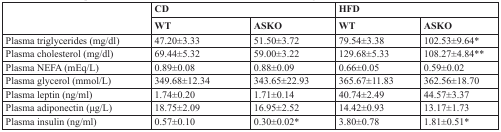
<table><thead><tr><td rowspan="2"></td><td colspan="2"><b>CD</b></td><td colspan="2"><b>HFD</b></td></tr><tr><td><b>WT</b></td><td><b>ASKO</b></td><td><b>WT</b></td><td><b>ASKO</b></td></tr></thead><tbody><tr><td>Plasma triglycerides (mg/dl)</td><td>47.20±3.33</td><td>51.50±3.72</td><td>79.54±3.38</td><td>102.53±9.64*</td></tr><tr><td>Plasma cholesterol (mg/dl)</td><td>69.44±5.32</td><td>59.00±3.22</td><td>129.68±5.33</td><td>108.27±4.84**</td></tr><tr><td>Plasma NEFA (mEq/L)</td><td>0.89±0.08</td><td>0.88±0.09</td><td>0.66±0.05</td><td>0.59±0.02</td></tr><tr><td>Plasma glycerol (mmol/L)</td><td>349.68±12.34</td><td>343.65±22.93</td><td>365.67±11.83</td><td>362.56±18.70</td></tr><tr><td>Plasma leptin (ng/ml)</td><td>1.74±0.20</td><td>1.71±0.14</td><td>40.74±2.49</td><td>44.57±3.37</td></tr><tr><td>Plasma adiponectin (μg/L)</td><td>18.75±2.09</td><td>16.95±2.52</td><td>14.42±0.93</td><td>13.17±1.73</td></tr><tr><td>Plasma insulin (ng/ml)</td><td>0.57±0.10</td><td>0.30±0.02*</td><td>3.80±0.78</td><td>1.81±0.51*</td></tr></tbody></table>